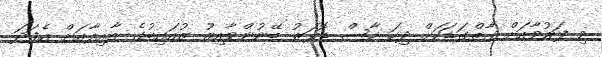
މި ފަރުވާއަށް ގާތްގަޑަކަށް ދިހަ ހާސް ޑޮލަރު ބޭނުންވާއިރު ޒުއައިބުގެ އާއިލާއަށް އެފަދަ